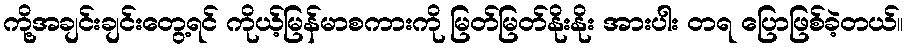
ကို့အချင်းချင်းတွေ့ရင် ကိုယ့်မြန်မာစကားကို မြတ်မြတ်နိုးနိုး အားပါး တရ ပြောဖြစ်ခဲ့တယ်။